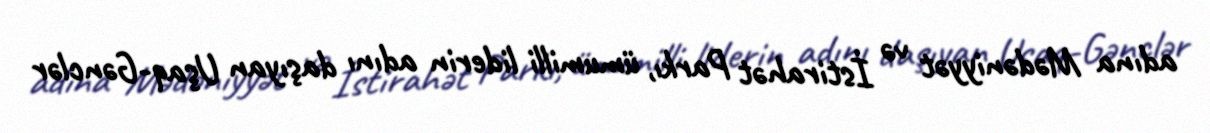
adına Mədəniyyət və İstirahət Parkı, ümumilli liderin adını daşıyan Uşaq-Gənclər